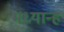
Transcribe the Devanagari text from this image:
मध्‍यान्‍ह